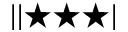
| | \bigstar \bigstar \bigstar |